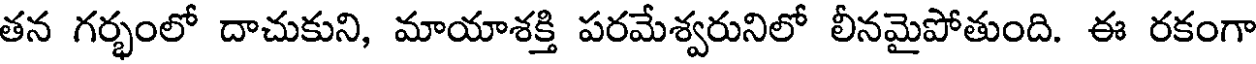
తన గర్భంలో దాచుకుని, మాయాశక్తి పరమేశ్వరునిలో లీనమైపోతుంది. ఈ రకంగా